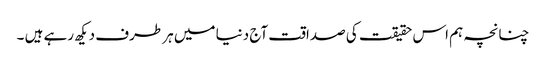
چنانچہ ہم اس حقیقت کی صداقت آج دنیا میں ہر طرف دیکھ رہے ہیں ۔